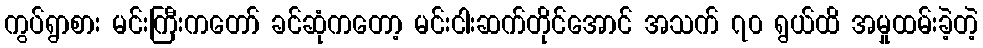
ကွပ်ရွာစား မင်းကြီးကတော် ခင်ဆုံကတော့ မင်းငါးဆက်တိုင်အောင် အသက် ၇၀ ရွယ်ထိ အမှုထမ်းခဲ့တဲ့